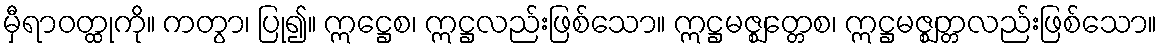
မှီရာဝတ္ထုကို။ ကတွာ၊ ပြု၍။ ဣဋ္ဌေစ၊ ဣဋ္ဌလည်းဖြစ်သော။ ဣဋ္ဌမဇ္ဈတ္တေစ၊ ဣဋ္ဌမဇ္ဈတ္တလည်းဖြစ်သော။